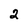
Character: 2